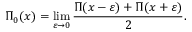
\Pi _ { 0 } ( x ) = \operatorname* { l i m } _ { \varepsilon \to 0 } { \frac { \Pi ( x - \varepsilon ) + \Pi ( x + \varepsilon ) } { 2 } } .